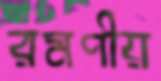
রমণীয়